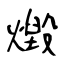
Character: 燬